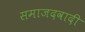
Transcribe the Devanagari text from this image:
समाजदवादी